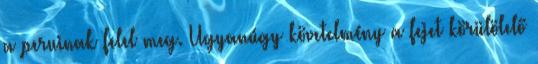
a peruinak felel meg. Ugyanúgy követelmény a fejet körülölelő